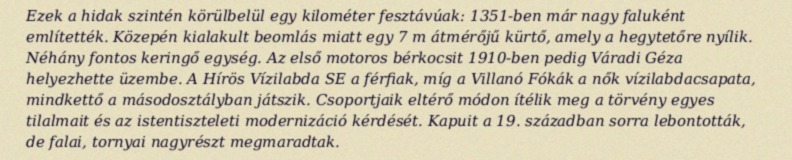
Ezek a hidak szintén körülbelül egy kilométer fesztávúak: 1351-ben már nagy faluként említették. Közepén kialakult beomlás miatt egy 7 m átmérőjű kürtő, amely a hegytetőre nyílik. Néhány fontos keringő egység. Az első motoros bérkocsit 1910-ben pedig Váradi Géza helyezhette üzembe. A Hírös Vízilabda SE a férfiak, míg a Villanó Fókák a nők vízilabdacsapata, mindkettő a másodosztályban játszik. Csoportjaik eltérő módon ítélik meg a törvény egyes tilalmait és az istentiszteleti modernizáció kérdését. Kapuit a 19. században sorra lebontották, de falai, tornyai nagyrészt megmaradtak.